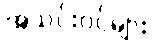
အသင်းဝင်များ